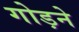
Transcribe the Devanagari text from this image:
गोड़ने